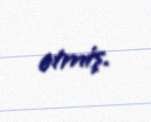
etmiş.